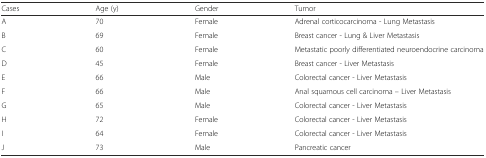
<table><thead><tr><td><b>Cases</b></td><td><b>Age (y)</b></td><td><b>Gender</b></td><td><b>Tumor</b></td></tr></thead><tbody><tr><td>A</td><td>70</td><td>Female</td><td>Adrenal corticocarcinoma - Lung Metastasis</td></tr><tr><td>B</td><td>69</td><td>Female</td><td>Breast cancer - Lung &amp; Liver Metastasis</td></tr><tr><td>C</td><td>60</td><td>Female</td><td>Metastatic poorly differentiated neuroendocrine carcinoma</td></tr><tr><td>D</td><td>45</td><td>Female</td><td>Breast cancer - Liver Metastasis</td></tr><tr><td>E</td><td>66</td><td>Male</td><td>Colorectal cancer - Liver Metastasis</td></tr><tr><td>F</td><td>66</td><td>Male</td><td>Anal squamous cell carcinoma – Liver Metastasis</td></tr><tr><td>G</td><td>65</td><td>Male</td><td>Colorectal cancer - Liver Metastasis</td></tr><tr><td>H</td><td>72</td><td>Female</td><td>Colorectal cancer - Liver Metastasis</td></tr><tr><td>I</td><td>64</td><td>Female</td><td>Colorectal cancer - Liver Metastasis</td></tr><tr><td>J</td><td>73</td><td>Male</td><td>Pancreatic cancer</td></tr></tbody></table>